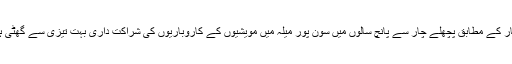
اخبار کے مطابق پچھلے چار سے پانچ سالوں میں سون پور میلہ میں مویشیوں کے کاروباریوں کی شراکت داری بہت تیزی سے گھٹی ہے۔